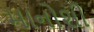
માનોશી